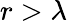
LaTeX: r>\lambda